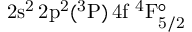
\mathrm { 2 s ^ { 2 } \, 2 p ^ { 2 } ( ^ { 3 } P ) \, 4 f ~ ^ { 4 } F _ { 5 / 2 } ^ { \circ } }